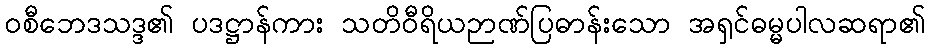
ဝစီဘေဒသဒ္ဒ၏ ပဒဋ္ဌာန်ကား သတိဝီရိယဉာဏ်ပြဓာန်းသော အရှင်ဓမ္မပါလဆရာ၏